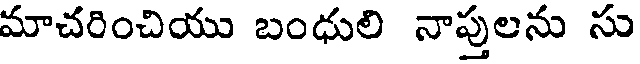
మాచరించియు బంధులి నాప్తులను సు